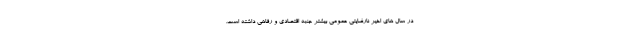
در سال های اخیر نارضایتی عمومی بیشتر جنبه اقتصادی و رفاهی داشته است.